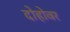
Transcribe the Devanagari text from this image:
दोहोवर